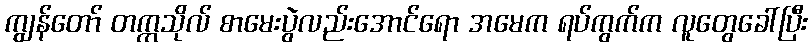
ကျွန်တော် တက္ကသိုလ် စာမေးပွဲလည်းအောင်ရော အမေက ရပ်ကွက်က လူတွေခေါ်ပြီး